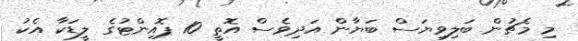
މި މެޗުން ބަލިވިޔަސް ބަޔާން އަދިވެސް އޮތީ 10 ޕޮއިންޓުގެ ލީޑަކާ އެކު